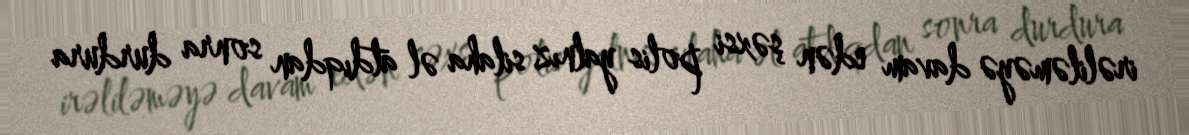
irəliləməyə davam edən şəxsi polis yalnız silaha əl atdıqdan sonra durdura